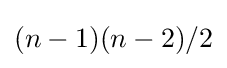
(n-1)(n-2)/2